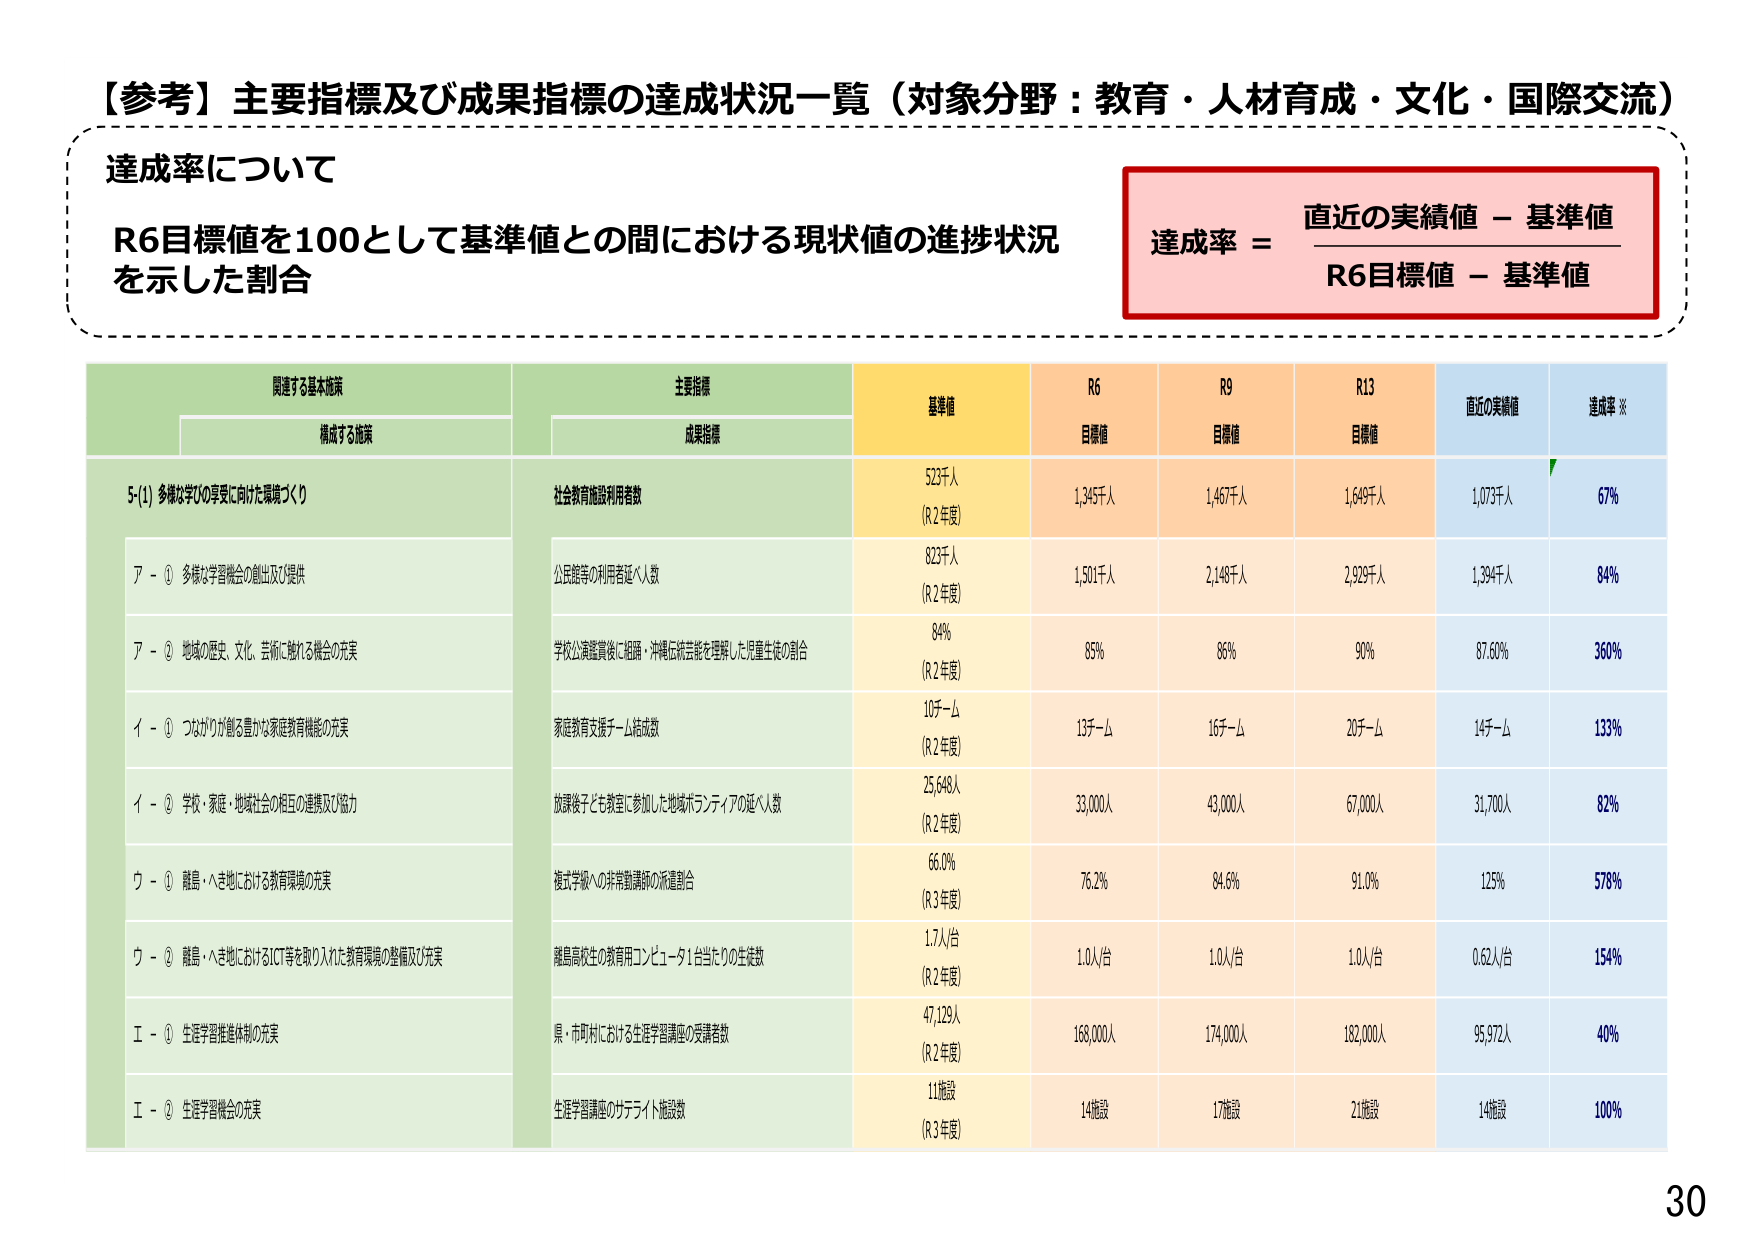
【参考】主要指標及び成果指標の達成状況一覧（対象分野：教育・人材育成・文化・国際交流）

達成率について
R6目標値を100として基準値との間における現状値の進捗状況を示した割合

達成率 = 直近の実績値 - 基準値
　　　　R6目標値 - 基準値

関連する基本施策
　構成する施策

主要指標
　成果指標

基準値
R6目標値
R9目標値
R13目標値
直近の実績値
達成率※

5-(1) 多様な学びの享受に向けた環境づくり

　ア - ① 多様な学習機会の創出及び提供
　　社会教育施設利用者数
　　　523千人（R2年度）
　　　1,345千人
　　　1,467千人
　　　1,649千人
　　　1,073千人
　　　67%

　　公民館等の利用者延べ人数
　　　823千人（R2年度）
　　　1,501千人
　　　2,148千人
　　　2,929千人
　　　1,394千人
　　　84%

　ア - ② 地域の歴史、文化、芸術に触れる機会の充実
　　学校公演鑑賞後に祖籍・沖縄伝統芸能を理解した児童生徒の割合
　　　84%（R2年度）
　　　85%
　　　86%
　　　90%
　　　87.60%
　　　360%

　イ - ① つながりが創る豊かな家庭教育機能の充実
　　家庭教育支援チーム結成数
　　　10チーム（R2年度）
　　　13チーム
　　　16チーム
　　　20チーム
　　　14チーム
　　　133%

　イ - ② 学校・家庭・地域社会の相互の連携及び協力
　　放課後子ども教室に参加した地域ボランティアの延べ人数
　　　25,648人（R2年度）
　　　33,000人
　　　43,000人
　　　67,000人
　　　31,700人
　　　82%

　ウ - ① 離島・へき地における教育環境の充実
　　複式学級への非常勤講師の派遣割合
　　　66.0%（R3年度）
　　　76.2%
　　　84.6%
　　　91.0%
　　　125%
　　　578%

　ウ - ② 離島・へき地におけるICT等を取り入れた教育環境の整備及び充実
　　離島高校生の教育用コンピュータ1台当たりの生徒数
　　　1.7人/台（R2年度）
　　　1.0人/台
　　　1.0人/台
　　　1.0人/台
　　　0.62人/台
　　　154%

　エ - ① 生涯学習推進体制の充実
　　県・市町村における生涯学習講座の受講者数
　　　47,129人（R2年度）
　　　168,000人
　　　174,000人
　　　182,000人
　　　95,972人
　　　40%

　エ - ② 生涯学習機会の充実
　　生涯学習講座のサテライト施設数
　　　11施設（R3年度）
　　　14施設
　　　17施設
　　　21施設
　　　14施設
　　　100%

30